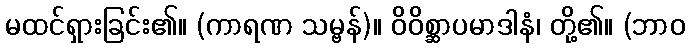
မထင်ရှားခြင်း၏။ (ကာရဏ သမ္ဗန်)။ ဝိဝိစ္ဆာပမာဒါနံ၊ တို့၏။ (ဘာဝ